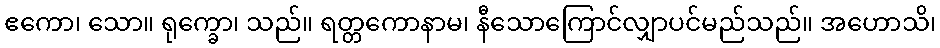
ဧကော၊ သော။ ရုက္ခော၊ သည်။ ရတ္တကောနာမ၊ နီသောကြောင်လျှာပင်မည်သည်။ အဟောသိ၊